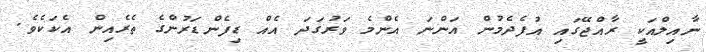
ނާއިލްއަކީ ރާއްޖޭގައި އުފެދެމުން އަންނަ އެންމެ ވަރުގަދަ އެއް ޑިފެންޑަރުންގެ ތެރެއިން އެކަކެވެ.